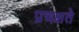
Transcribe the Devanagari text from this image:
प्रचक्षते